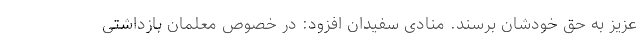
عزیز به حق خودشان برسند. منادی سفیدان افزود: در خصوص معلمان بازداشتی